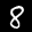
Label: 8